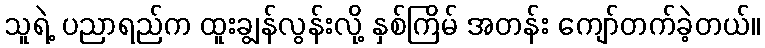
သူရဲ့ ပညာရည်က ထူးချွန်လွန်းလို့ နှစ်ကြိမ် အတန်း ကျော်တက်ခဲ့တယ်။